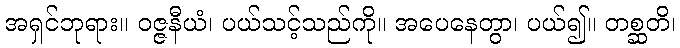
အရှင်ဘုရား။ ဝဇ္ဇနီယံ၊ ပယ်သင့်သည်ကို။ အပေနေတွာ၊ ပယ်၍။ တစ္ဆတိ၊